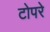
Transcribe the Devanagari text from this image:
टोपरे